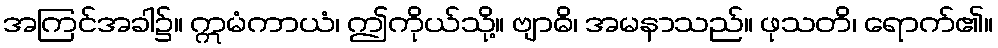
အကြင်အခါ၌။ ဣမံကာယံ၊ ဤကိုယ်သို့။ ဗျာဓိ၊ အမနာသည်။ ဖုသတိ၊ ရောက်၏။